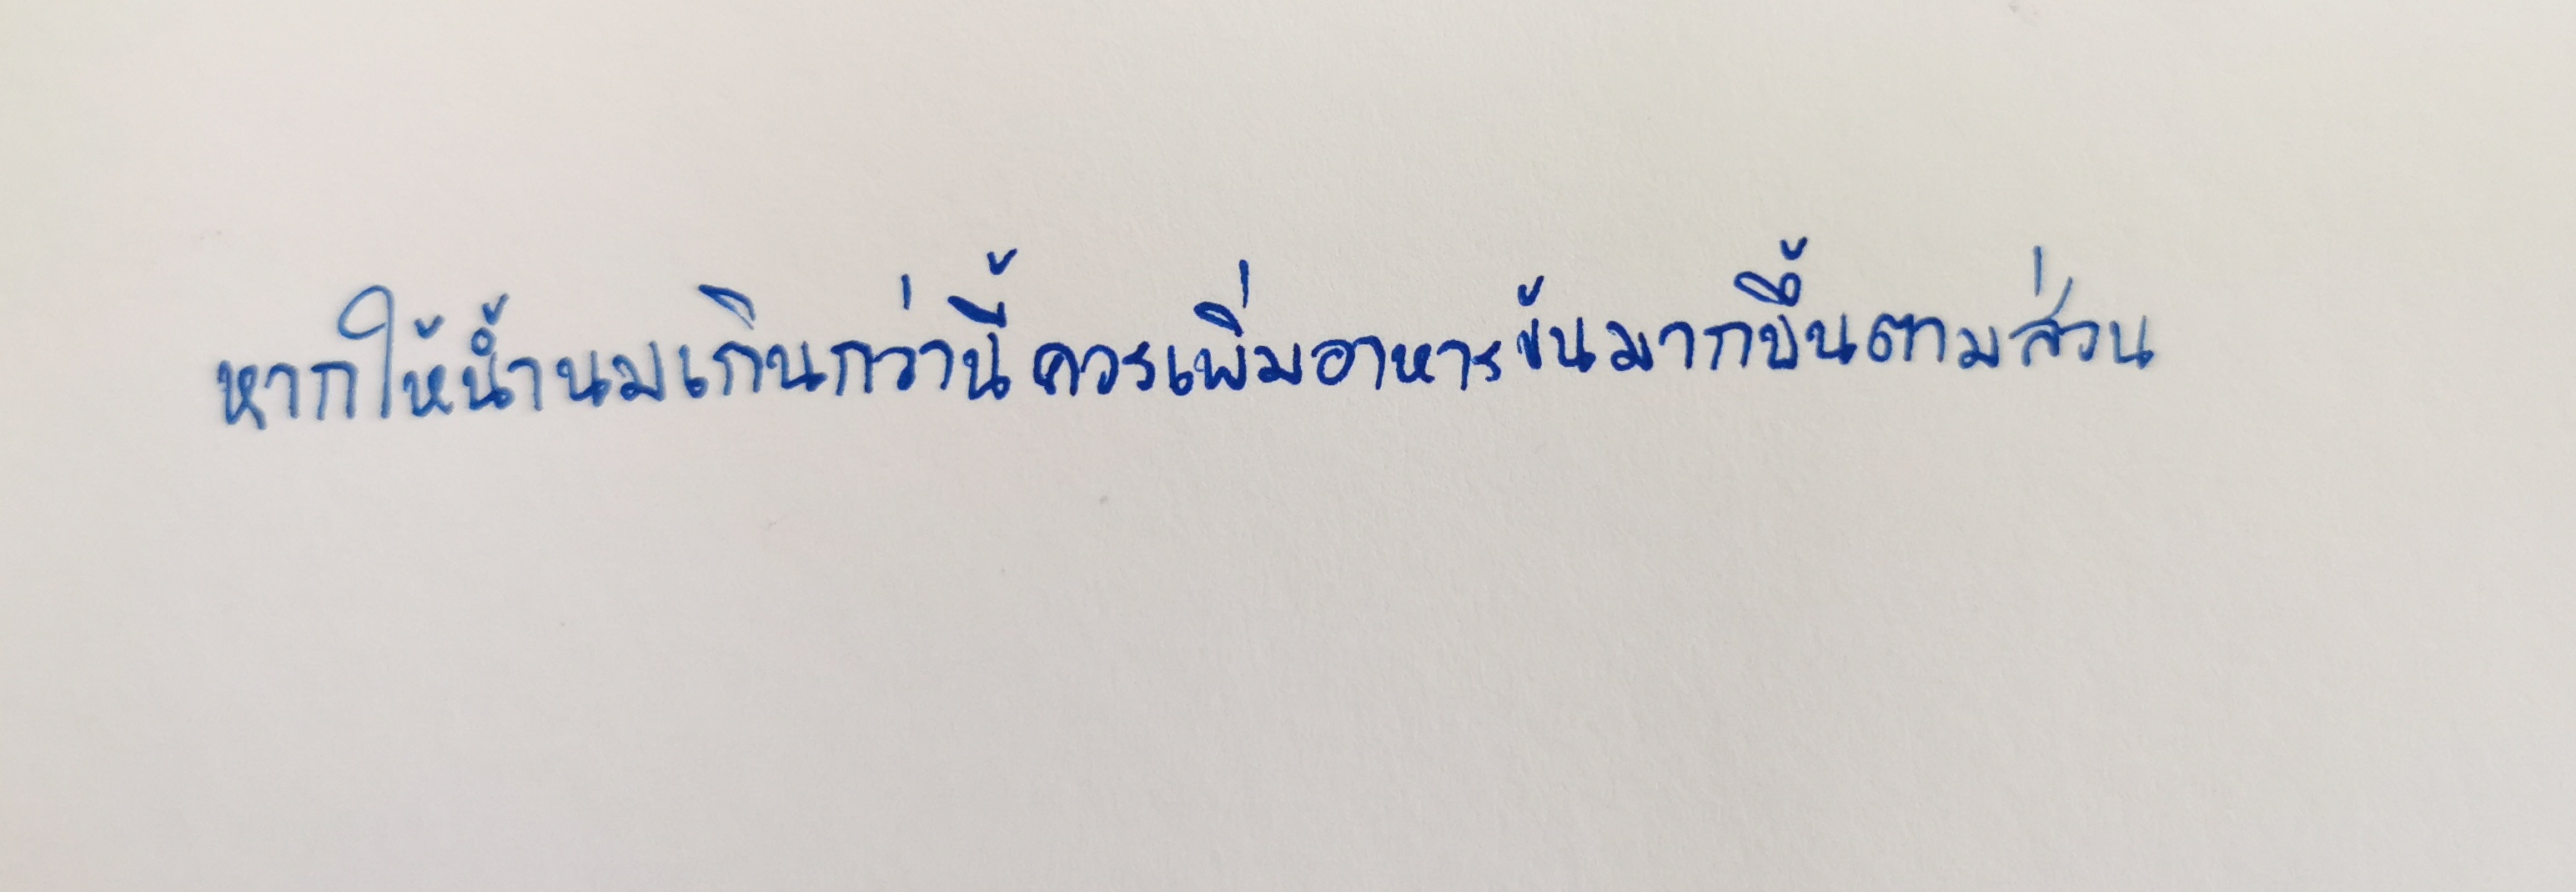
หากให้น้ำนมเกินกว่านี้ควรเพิ่มอาหารข้นมากขึ้นตามส่วน